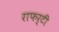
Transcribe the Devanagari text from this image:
राफर्टी